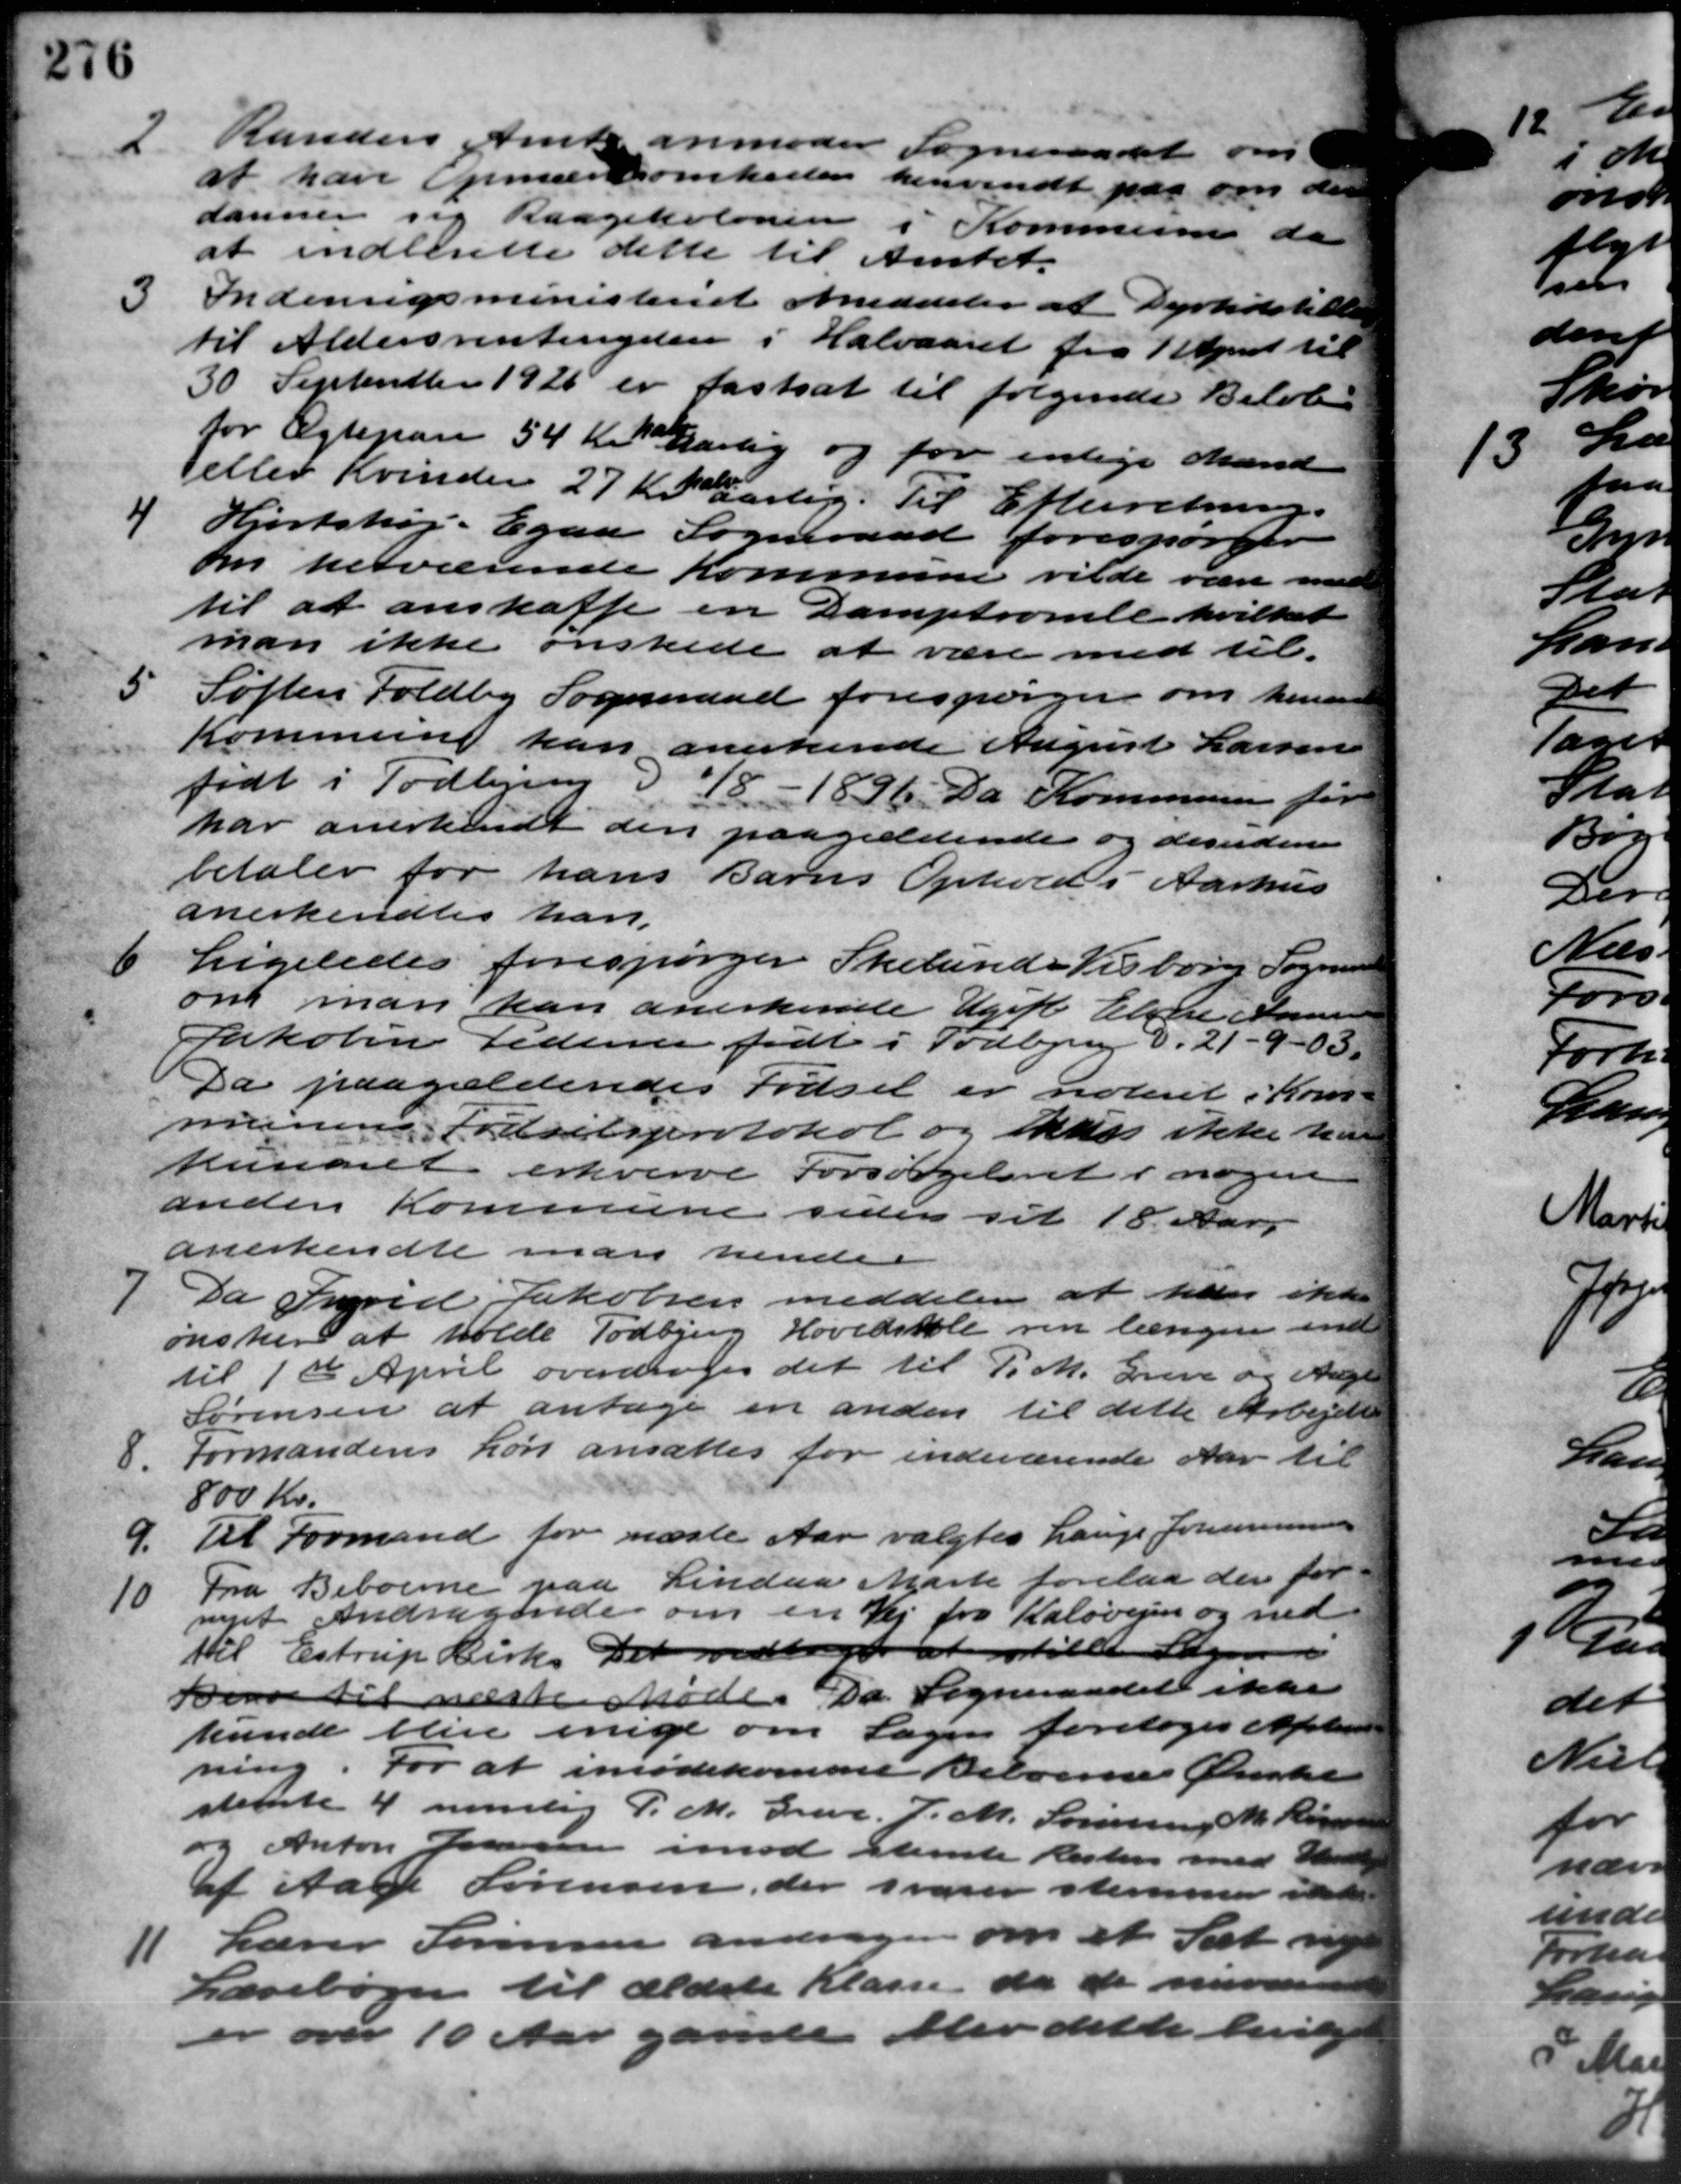
Transskription:
2
Randers Amts anmoder Sogneraadet om
at have Opmærksomheden henvendt paa om der
danner sig Raagekolonen i Kommune da
at indlerette dette til Amtet.
3 Indenrigsministeriet meddeler at Dyrtidstillæ
3 Indenrigsministeriet meddeler at Dyrtidstillæ
til Aldersrentenydere i Halvaaret fra 1 April til
30 September 1926 er fastsat til følgende Beløb
for Ægtepar 54 Kr. 10 Aarlig og for enlige Mænd
eller Kvinder 27 Kr. aarlig. Til Efterretning.
4 Hjortshøj-Egaa Sogneraad forespørger
4 Hjortshøj-Egaa Sogneraad forespørger
om herværende Kommune vilde være med
til at anskaffe en Damptromle hvilket
man ikke ønskede at være med til.
5
Søften Toldby Sogneraad forespørger om henven
Kommune kan anerkende August Larsen
født i Todbjerg d. 18 - 1896. Da Kommunen for
har anerkendt den paagældende og desuden
betaler for hans Barns Ophold i Aarhus
anerkendtes han
6
Ligeledes forespørger Skelunde Tilborg Sogneraa
om man kan anerkende Ugift Elsen Anner
Jakobin tidente født i Todbjerg d. 21 - 9 - 03.
Da paagældendes Fødsel er noteret i Kom –
munen. Fødselsprotokol og hun ikke han
kundet erhverve Forsørgelset i nogen
anden Kommune siden sit 18. Aar
anerkendte man hende

Da Fured Jakobsen meddeler at han ikke
ønsker at holde Todbjerg Hovedskole den længere ind
til 1ste April overdroges det til P. M. Greve og Aage
Sørensen at antage en anden til dette Arbejde
8.
Formandens Løn ansattes for indeværende Aar til
800 Kr.
9.
Til Formand for næste Aar valgtes Lauge Johannesen
10
Fra Beboerne paa Lindaa Marts forelaa der for
rejet Andragende om en Vej fra Kaløvejen og ned
til Estrup Cirk. Det vedtoges at stille Skr
Bev til næste Møde. Da Sogneraadet ikke
kunde blive enige om Sagen foretoges Afstem
ning. For at imødekomme Beboernes Ønske
stemte 4 nemlig P. M. Greve. J. M. Sørensen, M. Ras
og Anton Jensen imod stemte Resten med Unde
af Aage Sørensen, der svarer stemmer ikke
11
Lærer Sørensen andrager om et Sæt ny
Læsebøger til ældele Klasse da de nuvær
er over 10 Aar gamle blev dette bevilg